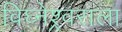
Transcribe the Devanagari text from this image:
विघ्नेश्र्वराला